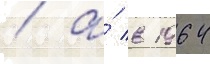
/ а́ в 1964